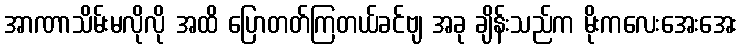
အာဏာသိမ်းမလိုလို အထိ ပြောတတ်ကြတယ်ခင်ဗျ အခု ချိန်းသည်က မိုးကလေးအေးအေး